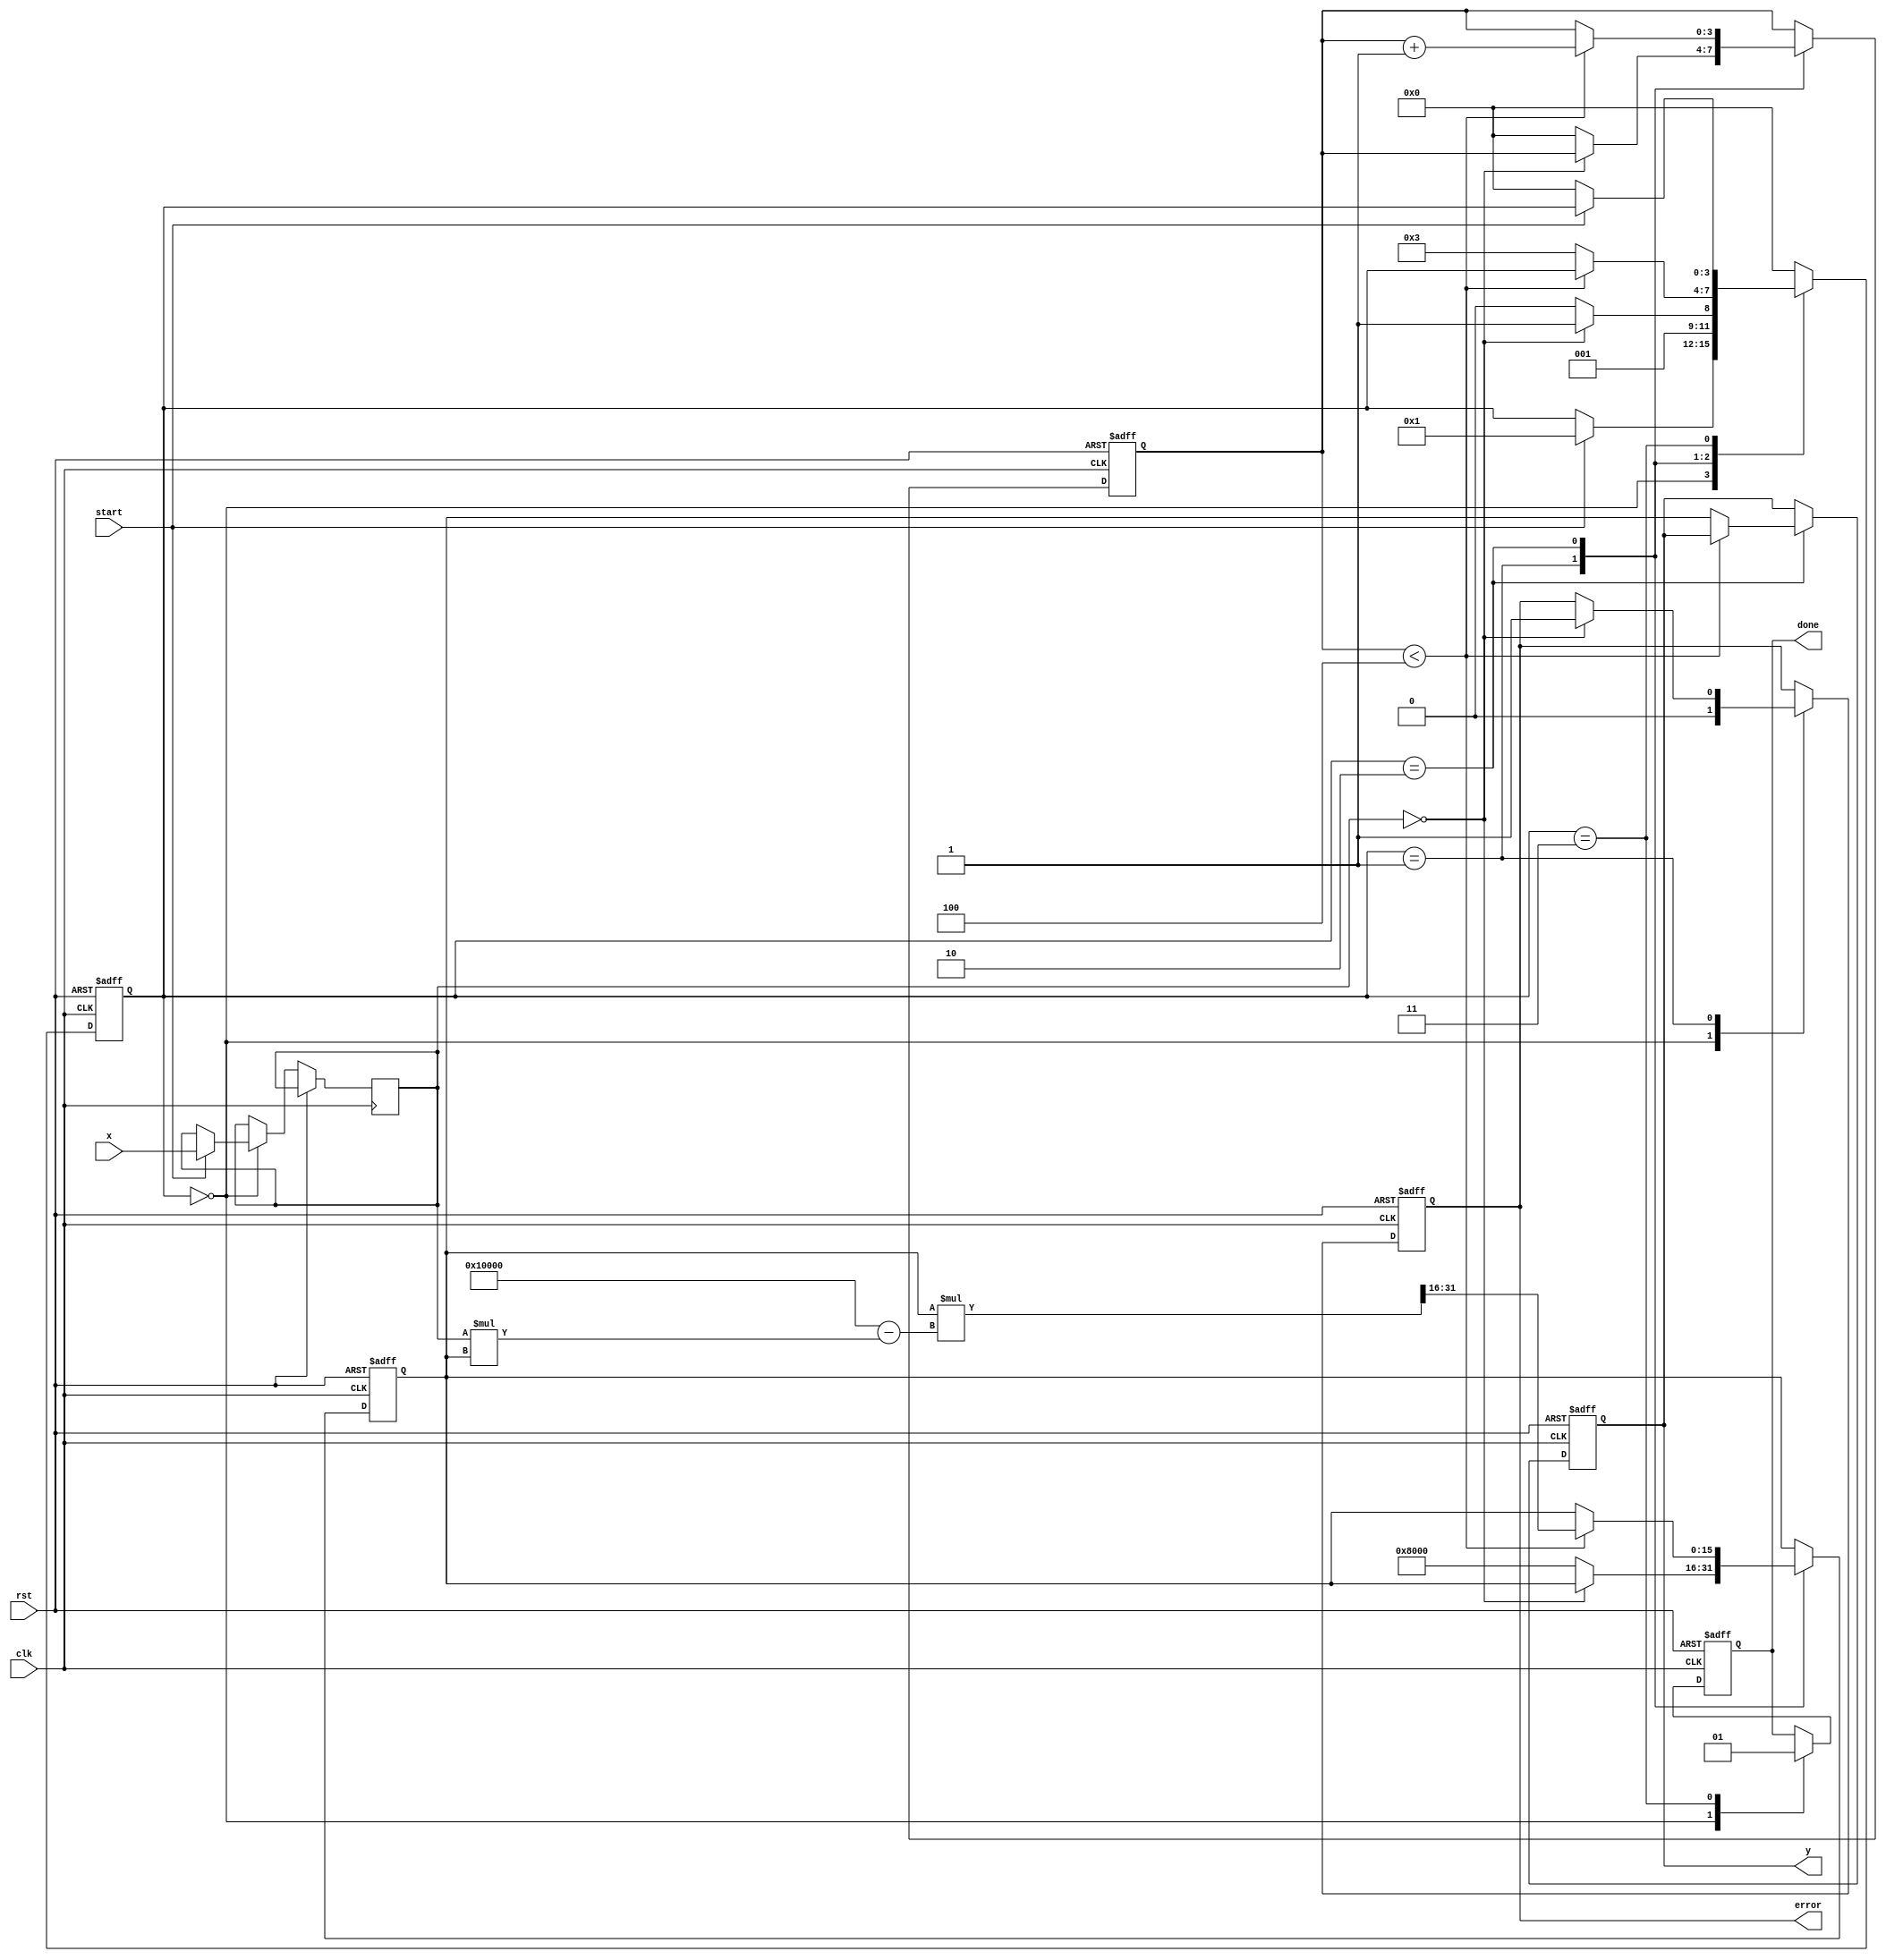
module reciprocal_arithmetic_block #(
    parameter n = 16, // Number of bits for input
    parameter m = 16, // Number of bits for output
    parameter iterations = 4 // Number of iterations for Newton-Raphson
)(
    input wire clk,
    input wire rst,
    input wire start,
    input wire [n-1:0] x, // Input binary fractional number (0 < x < 1)
    output reg [m-1:0] y, // Output reciprocal (1/x)
    output reg done, // Signal indicating computation is complete
    output reg error // Signal indicating an error (e.g., division by zero)
);

    reg [n-1:0] x_reg;
    reg [m-1:0] approx; // Current approximation of the reciprocal
    reg [3:0] state; // State for control logic
    reg [3:0] count; // Iteration counter

    localparam IDLE = 4'b0000,
               VALIDATE = 4'b0001,
               CALCULATE = 4'b0010,
               DONE = 4'b0011;

    always @(posedge clk or posedge rst) begin
        if (rst) begin
            state <= IDLE;
            y <= 0;
            done <= 0;
            error <= 0;
            count <= 0;
            approx <= 0;
        end else begin
            case (state)
                IDLE: begin
                    done <= 0;
                    error <= 0;
                    if (start) begin
                        x_reg <= x;
                        state <= VALIDATE;
                    end
                end

                VALIDATE: begin
                    // Check for zero input
                    if (x_reg == 0) begin
                        error <= 1; // Set error flag for division by zero
                        state <= DONE;
                    end else begin
                        approx <= {1'b1, {m-1{1'b0}}}; // Initial approximation (1.0)
                        count <= 0;
                        state <= CALCULATE;
                    end
                end

                CALCULATE: begin
                    if (count < iterations) begin
                        // Newton-Raphson iteration: approx = approx * (2 - x * approx)
                        approx <= approx * (2**m - x_reg * approx) >> m; // Shift for fractional adjustment
                        count <= count + 1;
                    end else begin
                        y <= approx; // Final approximation
                        state <= DONE;
                    end
                end

                DONE: begin
                    done <= 1; // Signal that computation is complete
                    if (!start) begin
                        state <= IDLE; // Reset state if start is not asserted
                    end
                end

                default: state <= IDLE; // Default case
            endcase
        end
    end
endmodule